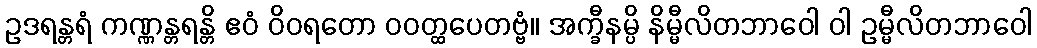
ဥဒရန္တရံ ကဏ္ဏန္တရန္တိ ဧဝံ ဝိဝရတော ဝဝတ္ထပေတဗ္ဗံ။ အက္ခီနမ္ပိ နိမ္မီလိတဘာဝေါ ဝါ ဥမ္မီလိတဘာဝေါ